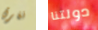
نغرق دولتنا